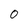
Character: 0